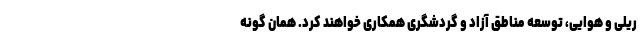
ریلی و هوایی، توسعه مناطق آزاد و گردشگری همکاری خواهند کرد. همان گونه